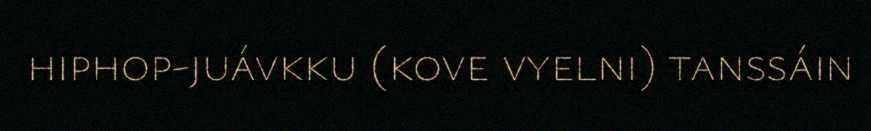
hiphop-juávkku (kove vyelni) tanssáin